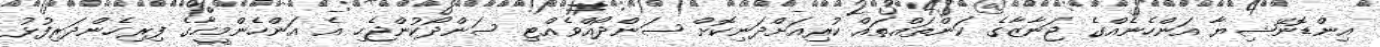
އިންޑޮނޭޝިޔާ އަންހެނެއްގެ ޖަނާޒާގެ ކަންތައްތައް ކުރިއަށްދަނިކޮށް ސަންދޯއްވެއްޓި ސަންދޯކުންޖެހި އެ އަންހެންމީހާގެ ފިރިހެންދަރިފުޅު